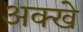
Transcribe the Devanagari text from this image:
अक्खे